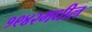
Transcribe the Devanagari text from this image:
१९४२मधील